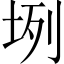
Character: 𡊻